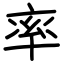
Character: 率